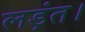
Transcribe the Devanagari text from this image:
लड़ंत।